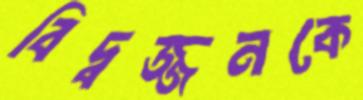
বিদ্বজ্জনকে